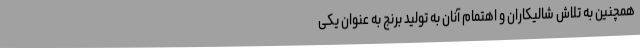
همچنین به تلاش شالیکاران و اهتمام آنان به تولید برنج به عنوان یکی